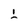
Character: L